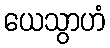
ယေသွာဟံ